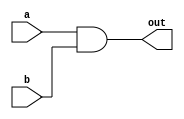
//Programa: descripcion de compuerta AND usando Verilog.

module AND_GATE(
	input a,b,
	output out
	);
	
	assign out = a & b;
	
endmodule